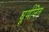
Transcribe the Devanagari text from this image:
घूर्णनित